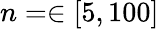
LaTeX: n=\in[5,100]